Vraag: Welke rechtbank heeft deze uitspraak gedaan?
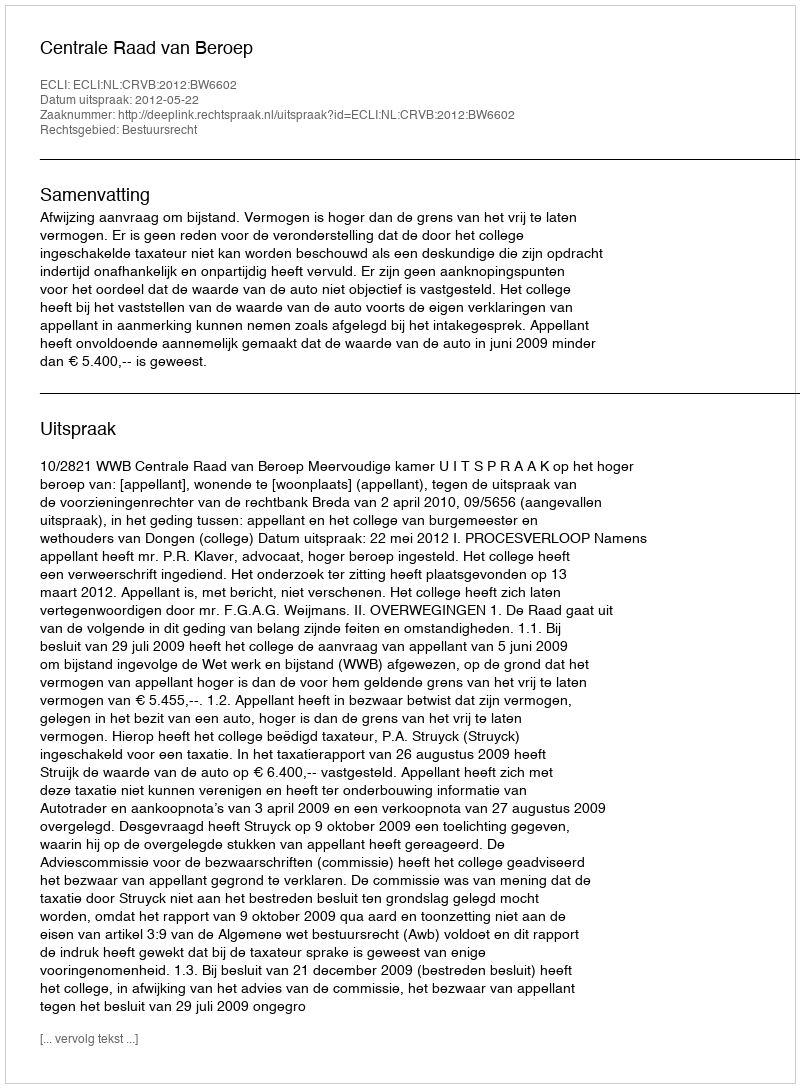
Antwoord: Centrale Raad van Beroep